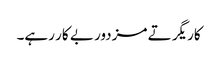
کاریگر تے مزدور بے کار رہے۔